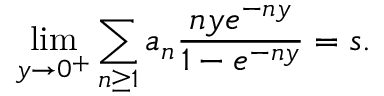
\operatorname* { l i m } _ { y \rightarrow 0 ^ { + } } \sum _ { n \geq 1 } a _ { n } { \frac { n y e ^ { - n y } } { 1 - e ^ { - n y } } } = s .